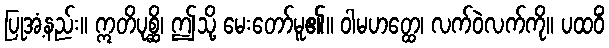
ပြုအံ့နည်း။ ဣတိပုစ္ဆိ၊ ဤသို့ မေးတော်မူ၏။ ဝါမဟတ္ထေ၊ လက်ဝဲလက်ကို။ ပထဝိံ